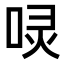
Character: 𠴌